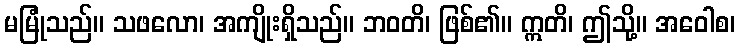
မမြုံသည်။ သဖလော၊ အကျိုးရှိသည်။ ဘဝတိ၊ ဖြစ်၏။ ဣတိ၊ ဤသို့။ အဝေါစ၊